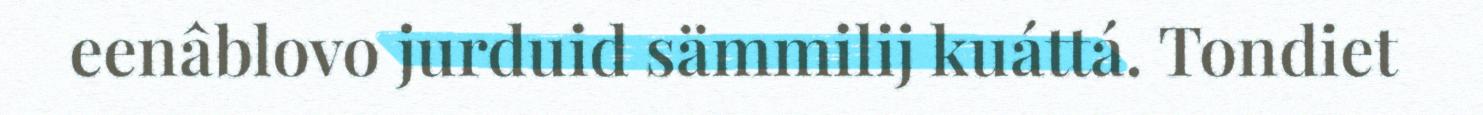
eenâblovo jurduid sämmilij kuáttá. Tondiet